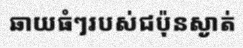
ឆាយធំៗរបស់ជប៉ុនស្ងាត់